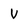
Character: V